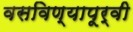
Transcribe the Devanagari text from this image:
वसविण्यापूर्वी